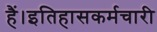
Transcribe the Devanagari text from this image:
हैं।इतिहासकर्मचारी